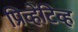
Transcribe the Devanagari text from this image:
प्रिव्हेंटिव्ह